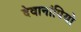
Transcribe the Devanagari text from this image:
देवानांपियो